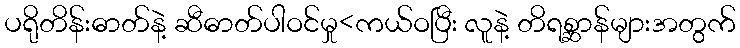
ပရိုတိန်းဓာတ်နဲ့ ဆီဓာတ်ပါဝင်မှု<ကယ်ဝပြီး လူနဲ့ တိရစ္ဆာန်များအတွက်